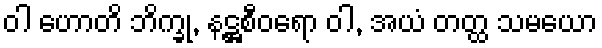
ဝါ ဟောတိ ဘိက္ခု, နဋ္ဌစီဝရော ဝါ, အယံ တတ္ထ သမယော